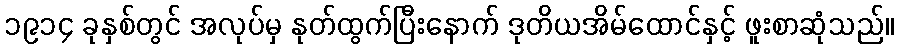
၁၉၁၄ ခုနှစ်တွင် အလုပ်မှ နုတ်ထွက်ပြီးနောက် ဒုတိယအိမ်ထောင်နှင့် ဖူးစာဆုံသည်။